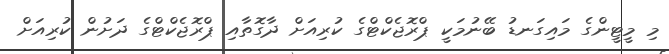
މި މީޓީންގެ މައިގަނޑު ބޭނުމަކީ ޕްރޮޖެކްޓްގެ ކުރިއަށް ދާގޮތާއި ޕްރޮޖެކްޓްގެ ދަށުން ކުރިއަށް